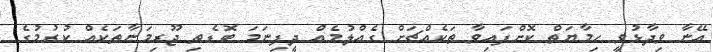
އޭނާ ވިދާޅުވީ ހިމާޔަތް ކޮށްފައިވާ ތަކެއްޗަށް ގެއްލުމެއް ދީފިނަމަ ބޮޑެތި ޖޫރިމަނާތަކެއް ކުރުމުގެ